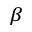
_ \beta